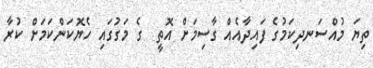
ތިޔަ މުއްސަނދިކަމުގެ ފައިދާއެއް ގާސިމަށް އޮތީ  ގެ މަގުގައި ހެޔޮކަންކަމަށް ކުރާ